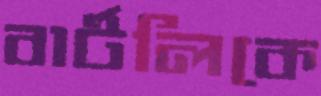
বার্টলিকে